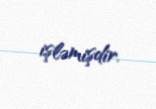
işləmişdir.